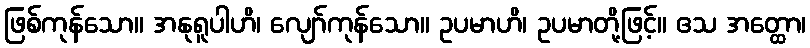
ဖြစ်ကုန်သော။ အနုရူပါဟိ၊ လျော်ကုန်သော။ ဥပမာဟိ၊ ဥပမာတို့ဖြင့်။ ဧသ အတ္ထော၊